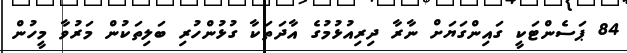
84 ޕަސެންޓަކީ ގައިންގަޔަށް ނާރާ ދިރިއުޅުމުގެ އާދަތަކާ ގުޅުންހުރި ބަލިތަކުން މަރުވާ މީހުން